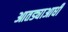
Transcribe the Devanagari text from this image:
आतड्याआधी